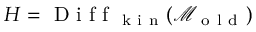
H = \mathrm { ~ D ~ i ~ f ~ f ~ } _ { \mathrm { ~ k ~ i ~ n ~ } } ( \mathcal { M } _ { \mathrm { ~ o ~ l ~ d ~ } } )